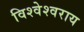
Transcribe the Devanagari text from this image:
विश्वेश्वराय